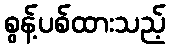
စွန့်ပစ်ထားသည့်